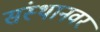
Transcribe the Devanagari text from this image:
संस्थानवर